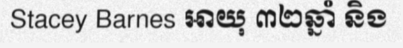
Stacey Barnes អាយុ ៣២ឆ្នាំ និង